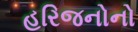
હરિજનોનો